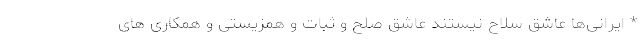
* ایرانی‌ها عاشق سلاح نیستند عاشق صلح و ثبات و همزیستی و همکاری های